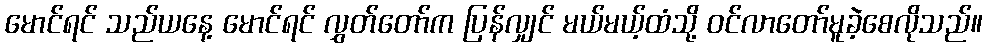
မောင်ရင် သည်ယနေ့ မောင်ရင် လွှတ်တော်က ပြန်လျှင် မယ်မယ့်ထံသို့ ဝင်လာတော်မူခဲ့စေလိုသည်။